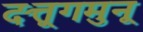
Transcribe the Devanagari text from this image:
दत्तूगमुनू